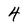
Character: 4